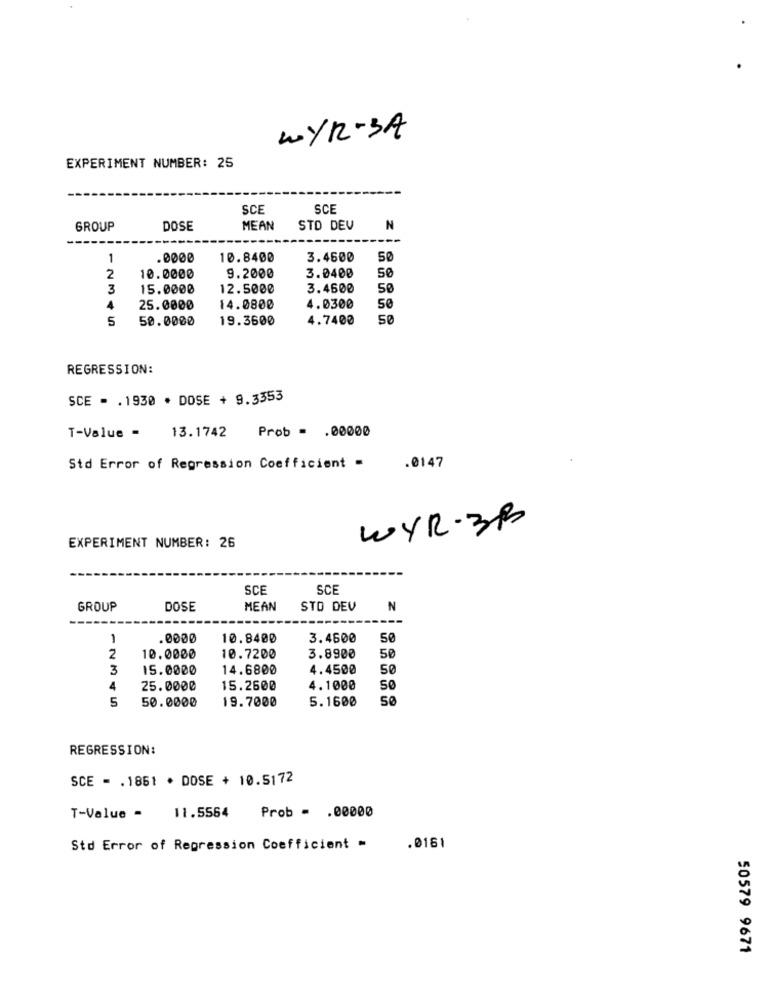
WYR-3A
EXPERIMENT NUMBER: 25
SCE
SCE
GROUP
DOSE
MEAN
STD DEV
N
1
10.8400
3.4500
50
2
10.0000
9.2000
3.0400
50
3
15.0000
12.5000
3.4600
50
4
25.0000
14.0800
4.0300
50
5
50.0000
19.3600
4.7400
50
REGRESSION:
SCE - . 1930 * DOSE + 9.3353
13.1742 Prob - . 00000
T-Value -
Std Error of Regression Coefficient -
.0147
WYR-3B
EXPERIMENT NUMBER: 26
SCE
SCE
GROUP
DOSE
MEAN
STD DEV
N
1
0000
10.8400
3.4600
50
2
10.0000
10.7200
3.8900
50
3
15.0000
14.6800
4.4500
50
4
25.0000
15.2600
4.1000
50
5
50.0000
19.7000
5.1600
50
REGRESSION:
SCE - . 1861 * DOSE + 10.5172
T-Value -
11.5564
Prob - . 00000
Std Error of Repression Coefficient -
.0161
50579 9671